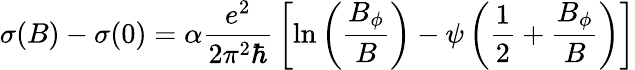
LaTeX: \sigma(B)-\sigma(0)=\alpha{\frac{e^{2}}{2\pi^{2}\hbar}}\left[\ln\left({\frac{B_{\phi}}{B}}\right)-\psi\left({\frac{1}{2}}+{\frac{B_{\phi}}{B}}\right)\right]